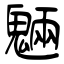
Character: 魎